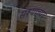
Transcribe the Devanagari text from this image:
सश्याच्या